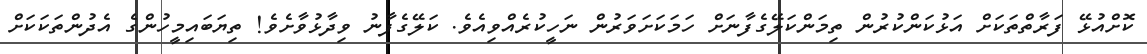
ކޮށްއުޅޭ ފަރާތްތަކަށް އަޅުކަންކުރުން ތިމަންކަލޭގެފާނަށް ހަމަކަށަވަރުން ނަހީކުރެއްވިއެވެ. ކަލޭގެފާނު ވިދާޅުވާށެވެ! ތިޔަބައިމީހުންގެ އެދުންތަކަކަށް